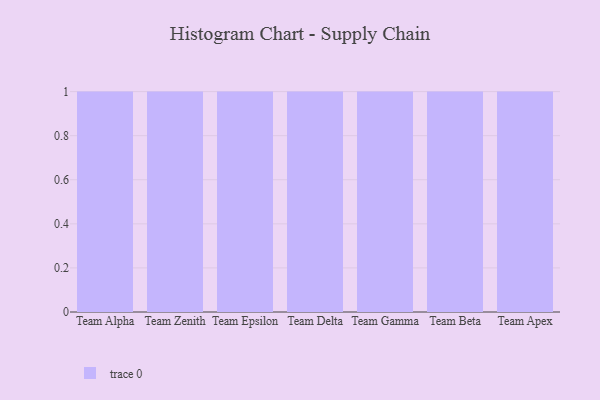
{"axis": {"x": "Team", "y": "Revenue (USD Million)"}, "legend": [""], "data": [{"x": "Team Alpha", "y": 1, "type": ""}, {"x": "Team Zenith", "y": 4, "type": ""}, {"x": "Team Epsilon", "y": 52, "type": ""}, {"x": "Team Delta", "y": 12, "type": ""}, {"x": "Team Gamma", "y": 77, "type": ""}, {"x": "Team Beta", "y": 10, "type": ""}, {"x": "Team Apex", "y": 90, "type": ""}]}